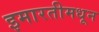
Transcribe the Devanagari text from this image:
इमारतीमधून